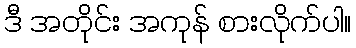
ဒီ အတိုင်း အကုန် စားလိုက်ပါ။